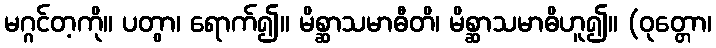
မဂ္ဂင်တ့ကို။ ပတွာ၊ ရောက်၍။ မိစ္ဆာသမာဓီတိ၊ မိစ္ဆာသမာဓိဟူ၍။ (ဝုတ္တော၊